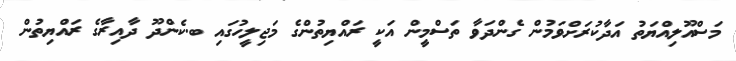
މަސްއޫލިއްޔަތު އަދާކުރަށްވަމުން ގެންދަވާ ތަސްމީން އަކީ ރައްޔިތުންގެ މަޖިލީހުގައި ބ.ކެންދޫ ދާއިރާގެ ރައްޔިތުން